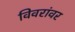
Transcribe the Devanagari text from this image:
विवरांवर